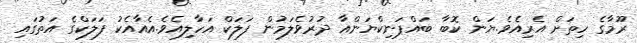
ރޫމާގެ ހިތަށް އެރިއެވެ.ޔަން ކޮބާ ބައްޕަނިކްޔަންއާ ދުރުވެލަމުން ފަލަކް އަހާލިއެވެ.އެއާއެކު ފަލަކްގެ އަތުގައި